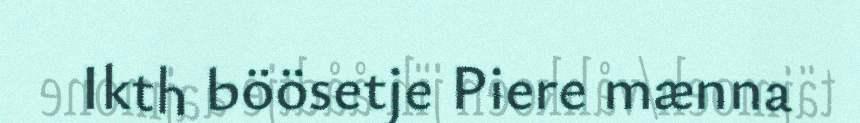
Ikth böösetje Piere mænna